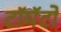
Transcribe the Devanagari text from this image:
टॉमॅटो